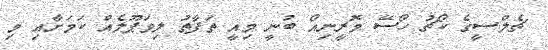
ޗެލްސީގެ ކޯޗު ހޯސޭ މޮރީނިއޯ ބުނީ މިއީ ތަފާތު ލިވަޕޫލެއް ކަމަށާއި މި